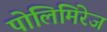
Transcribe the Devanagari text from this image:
पोलिमिरेज